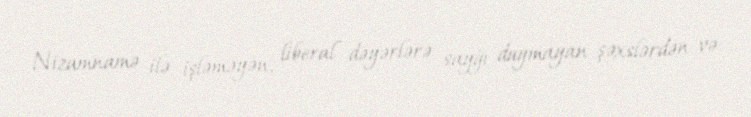
Nizamnamə ilə işləməyən, liberal dəyərlərə sayğı duymayan şəxslərdən və